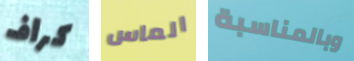
كراف الماس وبالمناسبة